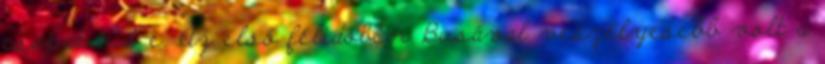
csapat tud-e. Az első félidőben Busával veszélyesebb volt a